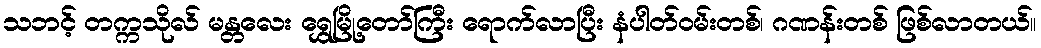
သဘင့် တက္ကသိုလ် မန္တလေး ရွှေမြို့တော်ကြီး ရောက်လာပြီး နံပါတ်ဝမ်းတစ်၊ ဂဏန်းတစ် ဖြစ်လာတယ်။